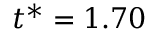
t ^ { * } = 1 . 7 0